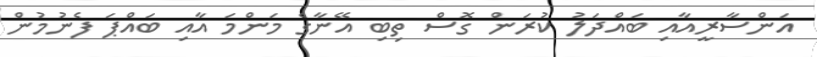
އަންސާރީއާއި ބައްދަލު ކުރަން ގޮސް ތިބި އޭނާގެ މަންމަ އާއި ބައްޕަ ފެނުމުން